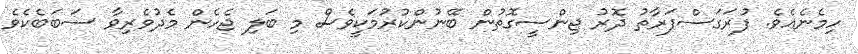
ހިމެނެއެވެ. ފުރަގަސްފަރާތު ދޮރު ޖިންސީގޮތުން ބޭނުންކުރުމަކީވެސް މި ބަލި ޖެހެން މެދުވެރިވާ ސަބަބެކެވެ